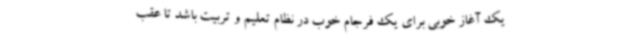
یک آغاز خوبی برای یک فرجام خوب در نظام تعلیم و تربیت باشد تا عقب